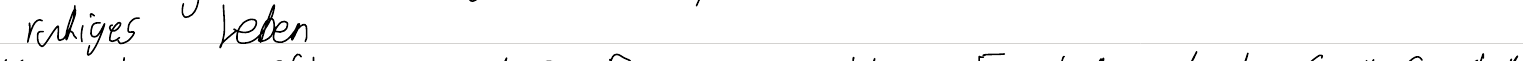
ruhiges Leben